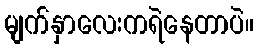
မျက်နှာလေးကရဲနေတာပဲ။